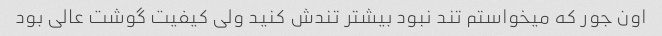
اون جور که میخواستم تند نبود بیشتر تندش کنید ولی کیفیت گوشت عالی بود